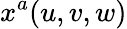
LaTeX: x^{a}(u,v,w)